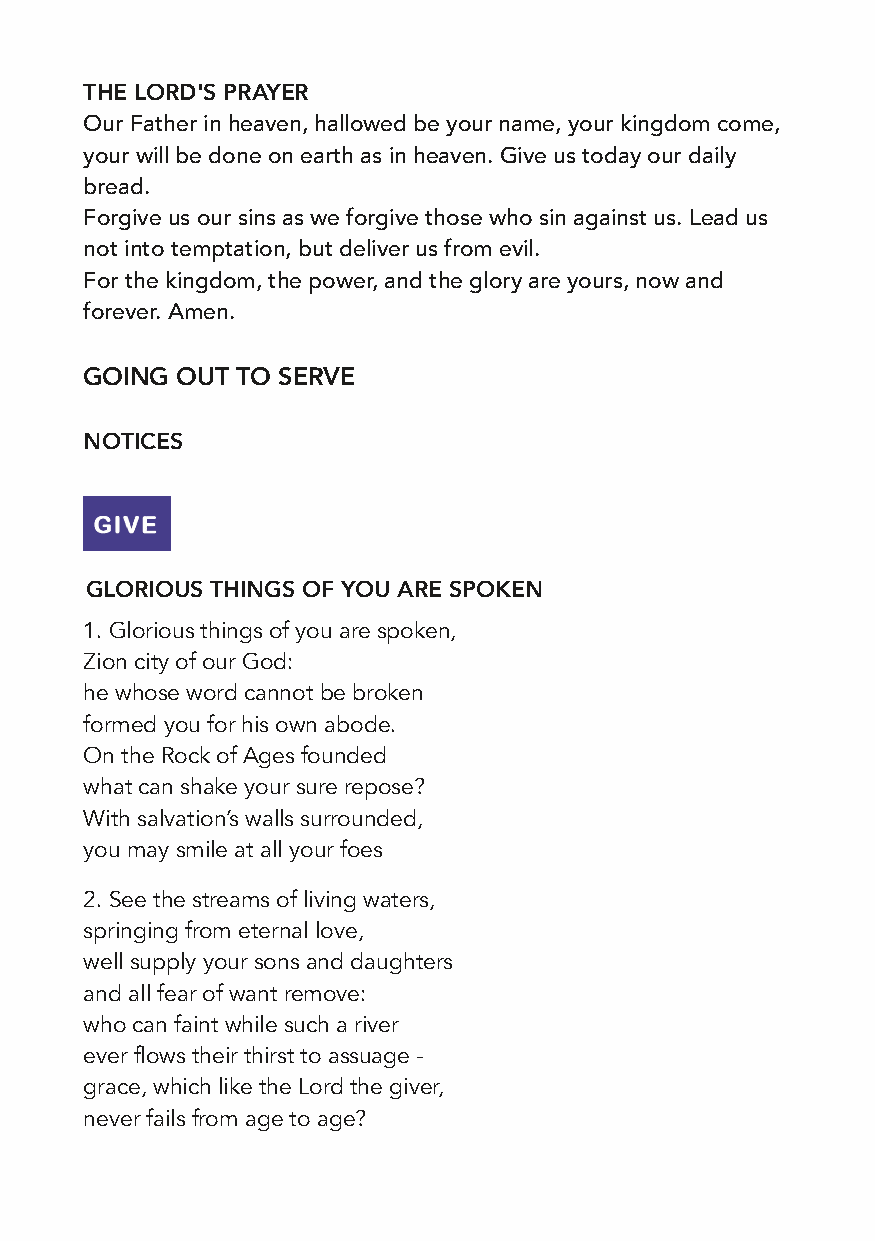
THE LORD'S PRAYER
 Our Father in heaven, hallowed be your name, your kingdom come,
 your will be done on earth as in heaven. Give us today our daily
 bread.
 Forgive us our sins as we forgive those who sin against us. Lead us
 not into temptation, but deliver us from evil.
 For the kingdom, the power, and the glory are yours, now and
 forever. Amen.
 GOING  OUT TO SERVE
 NOTICES
 GLORIOUS THINGS OF YOU ARE SPOKEN
 1. Glorious things of you are spoken,
 Zion city of our God:
 he whose word cannot be broken
 formed you for his own abode.
 On the Rock of Ages founded
 what can shake your sure repose?
 With salvation’s walls surrounded,
 you may smile at all your foes
 2. See the streams of living waters,
 springing from eternal love,
 well supply your sons and daughters
 and all fear of want remove:
 who can faint while such a river
 ever flows their thirst to assuage -
 grace, which like the Lord the giver,
 never fails from age to age?